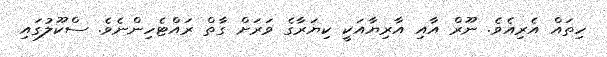
ހިތައް އެރިއެވެ. ނޫރް އާއި އާރިޔާއަކީ ކިޔަރާގެ ވަރަށް ގާތް ރައްޓެހިންނެވެ. ސްކޫލުގައި